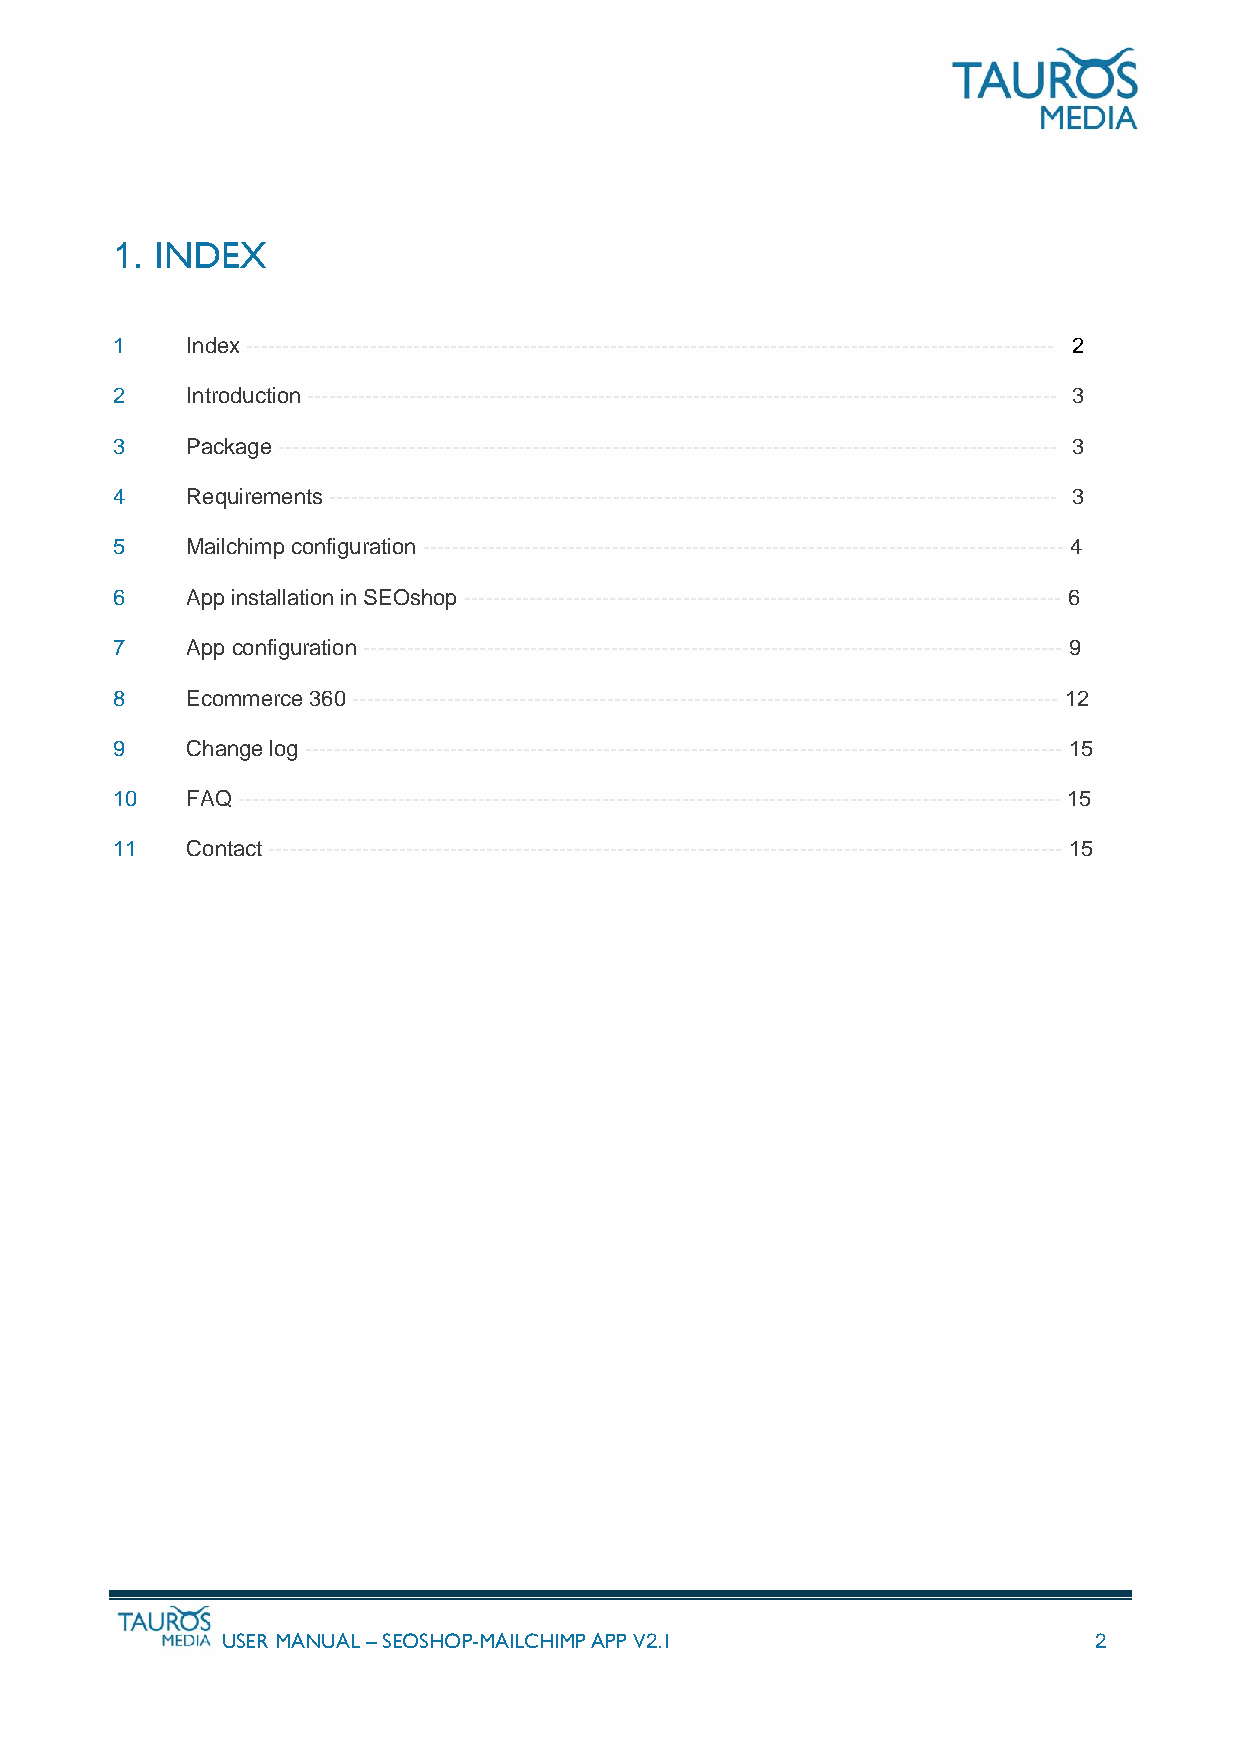
1. INDEX
 1    Index --------------------------------------------------------------------------------------------------------------- 2
 2    Introduction ------------------------------------------------------------------------------------------------------- 3
 3    Package ----------------------------------------------------------------------------------------------------------- 3
 4    Requirements ---------------------------------------------------------------------------------------------------- 3
 5    Mailchimp configuration ---------------------------------------------------------------------------------------- 4
 6    App installation in SEOshop ---------------------------------------------------------------------------------- 6
 7    App configuration ------------------------------------------------------------------------------------------------ 9
 8    Ecommerce 360 ------------------------------------------------------------------------------------------------- 12
 9    Change log -------------------------------------------------------------------------------------------------------- 15
 10   FAQ ----------------------------------------------------------------------------------------------------------------- 15
 11   Contact ------------------------------------------------------------------------------------------------------------- 15
 USER MANUAL – SEOSHOP-MAILCHIMP APP V2.1                 2